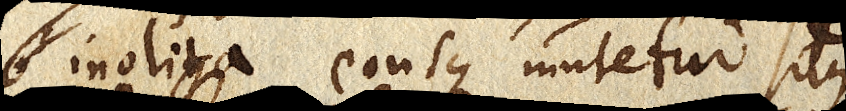
inolita eousque mutetur situs,